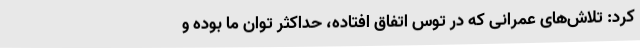
کرد: تلاش‌های عمرانی که در توس اتفاق افتاده، حداکثر توان ما بوده و